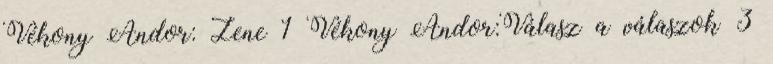
Vékony Andor: Zene 1 Vékony Andor:Válasz a válaszok 3